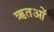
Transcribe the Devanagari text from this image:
ऋतओं